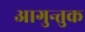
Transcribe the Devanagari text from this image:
आगुन्तुक